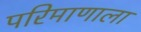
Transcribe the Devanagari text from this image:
परिमाणाला